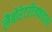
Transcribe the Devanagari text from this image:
लैबोरेटरीजफाइजर